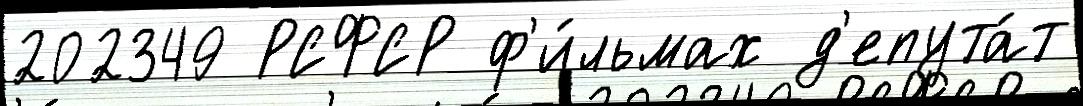
202349 РСФСР ф'и́льмах д'епута́т